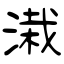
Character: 溨